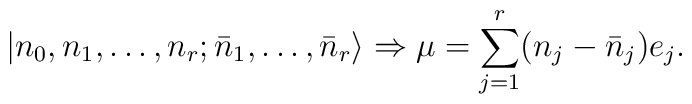
|n_0,n_1,\ldots,n_r;\bar{n}_1,\ldots,\bar{n}_r\rangle \Rightarrow    \mu=\sum_{j=1}^r(n_j-\bar{n}_j)e_j.